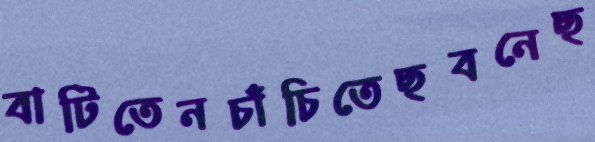
বাটিতেনচাঁচিতেছবনেছ